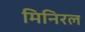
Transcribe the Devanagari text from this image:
मिनिरल